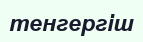
тенгергіш